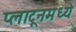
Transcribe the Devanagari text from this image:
प्लाटूनमध्ये